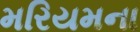
મરિયમના